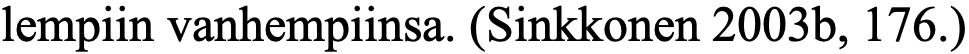
lempiin vanhempiinsa. (Sinkkonen 2003b, 176.)